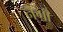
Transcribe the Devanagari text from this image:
नेगा